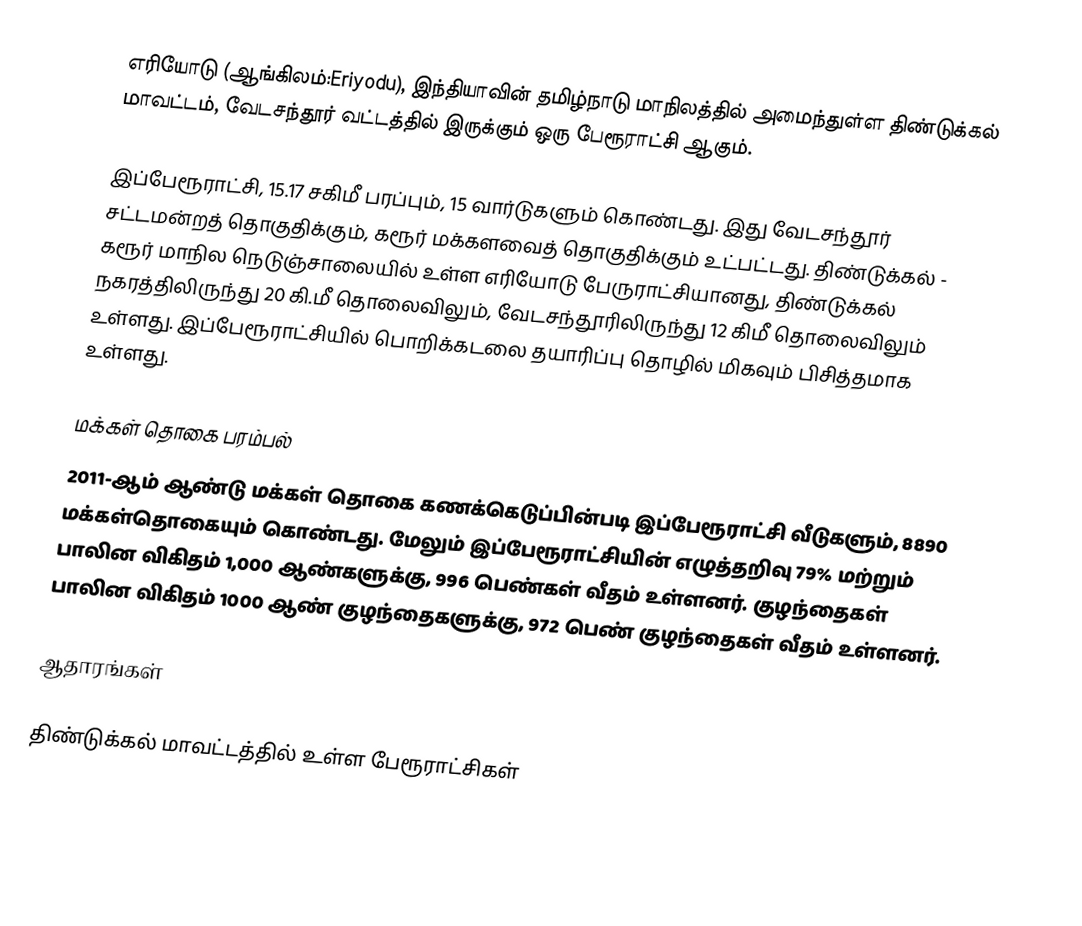
எரியோடு (ஆங்கிலம்:Eriyodu), இந்தியாவின் தமிழ்நாடு மாநிலத்தில் அமைந்துள்ள திண்டுக்கல் மாவட்டம், வேடசந்தூர் வட்டத்தில் இருக்கும் ஒரு பேரூராட்சி ஆகும்.

இப்பேரூராட்சி, 15.17 சகிமீ பரப்பும், 15 வார்டுகளும் கொண்டது. இது வேடசந்தூர் சட்டமன்றத் தொகுதிக்கும், கரூர் மக்களவைத் தொகுதிக்கும் உட்பட்டது.  திண்டுக்கல் -  கரூர் மாநில நெடுஞ்சாலையில் உள்ள எரியோடு பேருராட்சியானது, திண்டுக்கல் நகரத்திலிருந்து 20 கி.மீ தொலைவிலும், வேடசந்தூரிலிருந்து 12 கிமீ தொலைவிலும் உள்ளது. இப்பேரூராட்சியில் பொறிக்கடலை தயாரிப்பு தொழில் மிகவும் பிசித்தமாக உள்ளது.

மக்கள் தொகை பரம்பல்
2011-ஆம் ஆண்டு மக்கள் தொகை கணக்கெடுப்பின்படி  இப்பேரூராட்சி       வீடுகளும், 8890 மக்கள்தொகையும் கொண்டது. மேலும் இப்பேரூராட்சியின் எழுத்தறிவு  79%  மற்றும் பாலின விகிதம் 1,000 ஆண்களுக்கு, 996 பெண்கள் வீதம் உள்ளனர். குழந்தைகள் பாலின விகிதம் 1000 ஆண் குழந்தைகளுக்கு, 972 பெண் குழந்தைகள் வீதம் உள்ளனர்.

ஆதாரங்கள்

திண்டுக்கல் மாவட்டத்தில் உள்ள பேரூராட்சிகள்